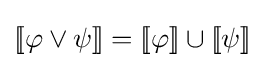
[\![\varphi \lor \psi ]\!]=[\![\varphi ]\!]\cup [\![\psi ]\!]